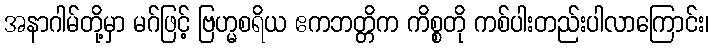
အနာဂါမ်တို့မှာ မဂ်ဖြင့် ဗြဟ္မစရိယ ဧကဘတ္တိက ကိစ္စတို ကစ်ပါးတည်းပါလာကြောင်း၊